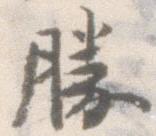
勝